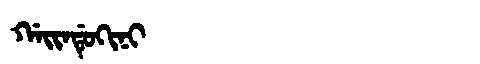
Manchu: ᡤᠠᡳᠨᡩᡠᡴᡳᠨᡳ
Romanization: GAINDUKINI